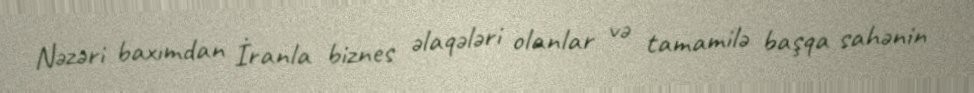
Nəzəri baxımdan İranla biznes əlaqələri olanlar və tamamilə başqa sahənin